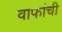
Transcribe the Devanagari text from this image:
वाफांची